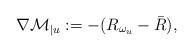
LaTeX: \begin{align*}\nabla\mathcal{M}_{|u}:=-(R_{\omega_{u}}-\bar{R}),\end{align*}